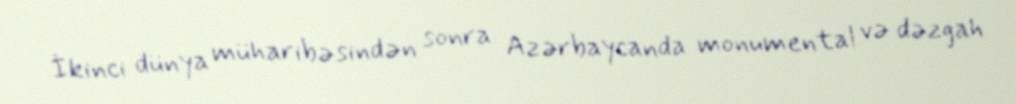
İkinci dünya müharibəsindən sonra Azərbaycanda monumental və dəzgah